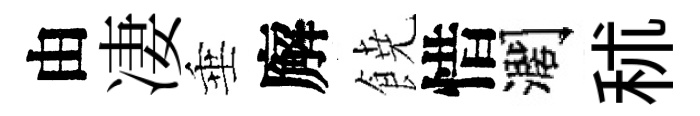
由凄垂廨𩜙惜濶秫